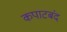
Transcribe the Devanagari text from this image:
कपाटबंद